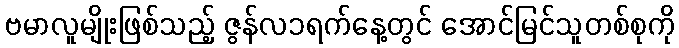
ဗမာလူမျိုးဖြစ်သည့် ဇွန်လ၁ရက်နေ့တွင် အောင်မြင်သူတစ်စုကို